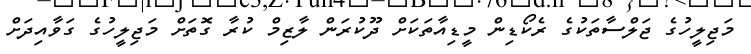
މަޖިލީހުގެ ޖަލްސާތަކުގެ ރެކޯޑިން މީޑިއާތަކަށް ދޫކުރަން ލާޒިމް ކުރާ ގޮތަށް މަޖިލީހުގެ ގަވާއިދަށް